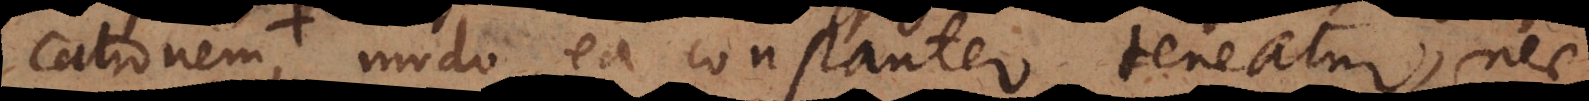
cationem, modo ea constanter teneatur, nec